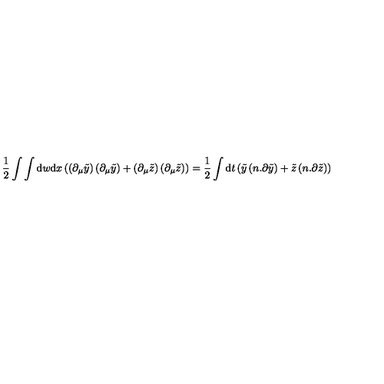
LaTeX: \frac { 1 } { 2 } \int \int \mathrm { d } w \mathrm { d } x \left( \left( \partial _ { \mu } \tilde { y } \right) \left( \partial _ { \mu } \tilde { y } \right) + \left( \partial _ { \mu } \tilde { z } \right) \left( \partial _ { \mu } \tilde { z } \right) \right) = \frac { 1 } { 2 } \int \mathrm { d } t \left( \tilde { y } \left( n . \partial \tilde { y } \right) + \tilde { z } \left( n . \partial \tilde { z } \right) \right)